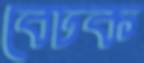
বেঢক